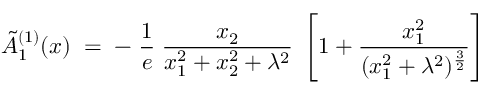
\tilde { A } _ { 1 } ^ { ( 1 ) } ( x ) \; = \; - \; \frac { 1 } { e } \; \frac { x _ { 2 } } { x _ { 1 } ^ { 2 } + x _ { 2 } ^ { 2 } + \lambda ^ { 2 } } \; \left[ 1 + \frac { x _ { 1 } ^ { 2 } } { ( x _ { 1 } ^ { 2 } + \lambda ^ { 2 } ) ^ { \frac { 3 } { 2 } } } \right]